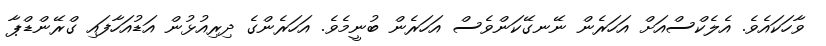
ވާހަކައެވެ. އެލެކްސްއަށް އަހަރެން ނޭނގޭކަންވެސް އަހަރެން ބުނީމެވެ. އަހަރެންގެ ދިރިއުޅުން އަޑުއަހާފައި ގްރޭންޑްޕާ